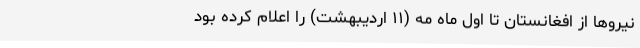
نیروها از افغانستان تا اول ماه مه (۱۱ اردیبهشت) را اعلام کرده بود